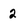
Character: 2